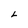
Character: L